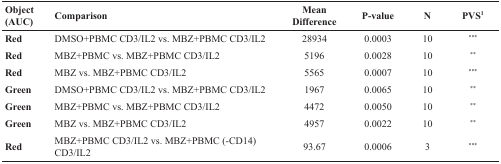
<table><thead><tr><td><b>Object (AUC)</b></td><td><b>Comparison</b></td><td><b>Mean Difference</b></td><td><b>P-value</b></td><td><b>N</b></td><td><b>PVS<sup>1</sup></b></td></tr></thead><tbody><tr><td><b>Red</b></td><td>DMSO+PBMC CD3/IL2 vs. MBZ+PBMC CD3/IL2</td><td>28934</td><td>0.0003</td><td>10</td><td><sup>***</sup></td></tr><tr><td><b>Red</b></td><td>MBZ+PBMC vs. MBZ+PBMC CD3/IL2</td><td>5196</td><td>0.0028</td><td>10</td><td><sup>**</sup></td></tr><tr><td><b>Red</b></td><td>MBZ vs. MBZ+PBMC CD3/IL2</td><td>5565</td><td>0.0007</td><td>10</td><td><sup>***</sup></td></tr><tr><td><b>Green</b></td><td>DMSO+PBMC CD3/IL2 vs. MBZ+PBMC CD3/IL2</td><td>1967</td><td>0.0065</td><td>10</td><td><sup>**</sup></td></tr><tr><td><b>Green</b></td><td>MBZ+PBMC vs. MBZ+PBMC CD3/IL2</td><td>4472</td><td>0.0050</td><td>10</td><td><sup>**</sup></td></tr><tr><td><b>Green</b></td><td>MBZ vs. MBZ+PBMC CD3/IL2</td><td>4957</td><td>0.0022</td><td>10</td><td><sup>**</sup></td></tr><tr><td><b>Red</b></td><td>MBZ+PBMC CD3/IL2 vs. MBZ+PBMC (−CD14) CD3/IL2</td><td>93.67</td><td>0.0006</td><td>3</td><td><sup>***</sup></td></tr></tbody></table>